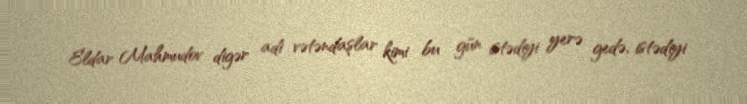
Eldar Mahmudov digər adi vətəndaşlar kimi bu gün istədiyi yerə gedə, istədiyi